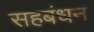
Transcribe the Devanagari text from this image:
सहबंधन